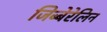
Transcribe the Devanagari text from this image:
जिब्बेरेलिन